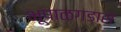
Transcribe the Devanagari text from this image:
भूपाळगडास